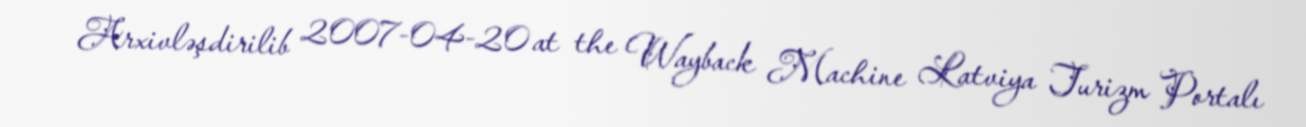
Arxivləşdirilib 2007-04-20 at the Wayback Machine Latviya Turizm Portalı